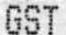
GST